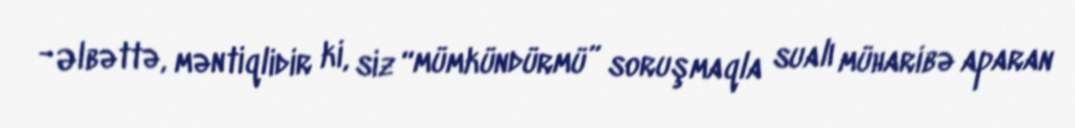
- Əlbəttə, məntiqlidir ki, siz “mümkündürmü” soruşmaqla sualı müharibə aparan